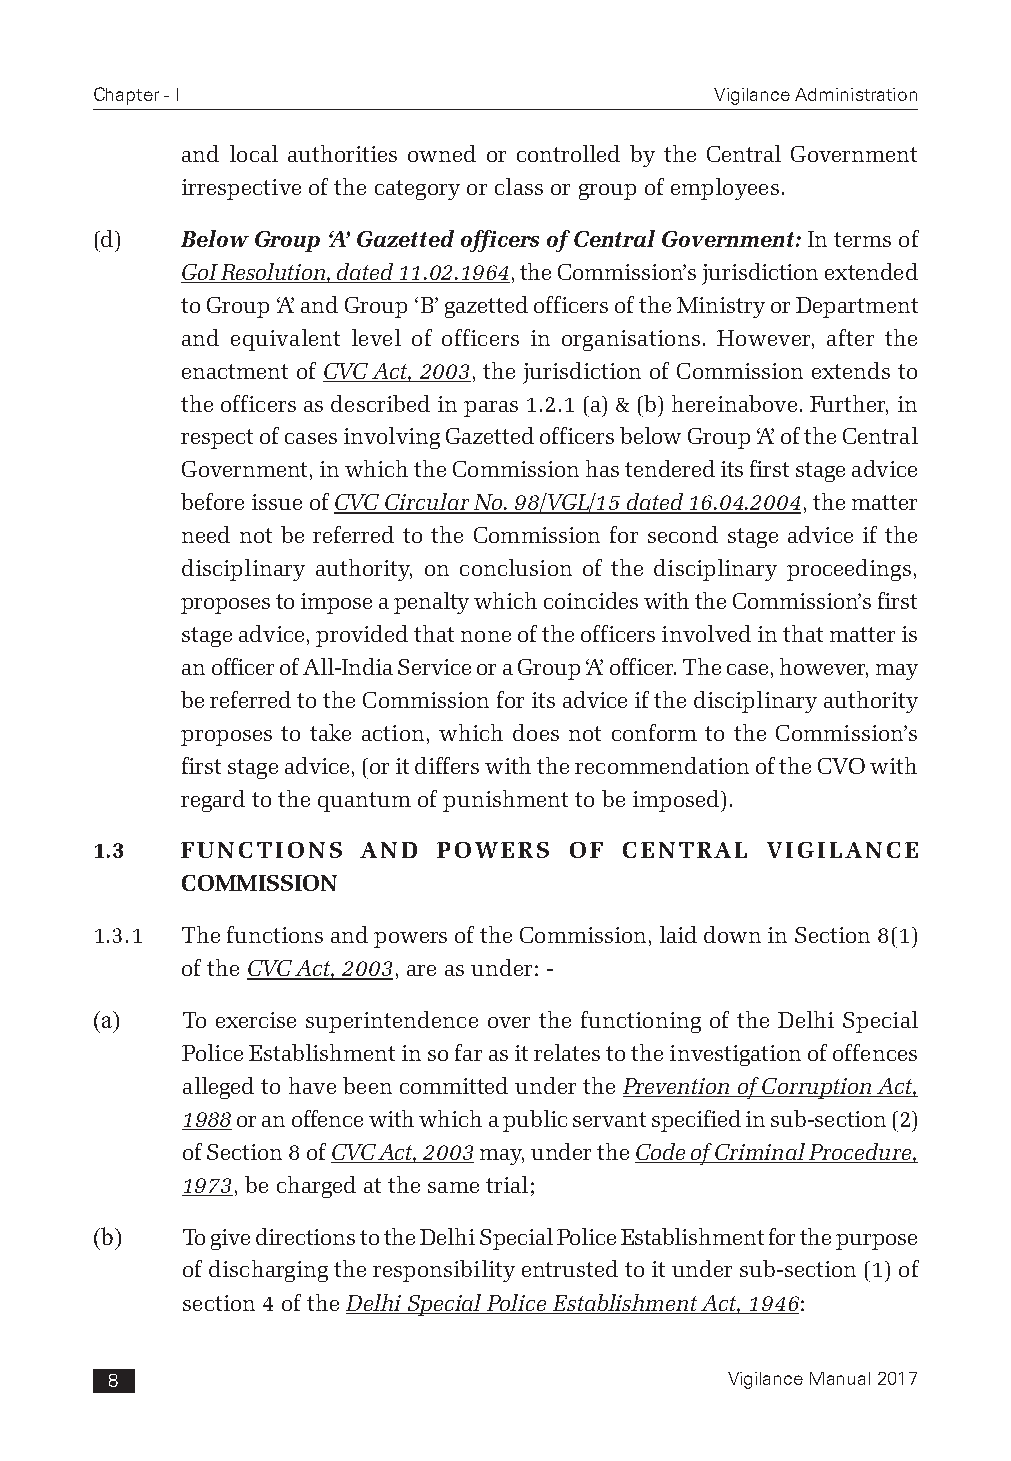
Chapter - I                              Vigilance Administration
 and local authorities owned or controlled by the Central Government
 irrespective of the category or class or group of employees.
 (d)   Below Group ‘A’ Gazetted officers of Central Government: In terms of
 GoI Resolution, dated 11.02.1964, the Commission’s jurisdiction extended
 to Group ‘A’ and Group ‘B’ gazetted officers of the Ministry or Department
 and equivalent level of officers in organisations. However, after the
 enactment of CVC Act, 2003, the jurisdiction of Commission extends to
 the officers as described in paras 1.2.1 (a) & (b) hereinabove. Further, in
 respect of cases involving Gazetted officers below Group ‘A’ of the Central
 Government, in which the Commission has tendered its first stage advice
 before issue of CVC Circular No. 98/VGL/15 dated 16.04.2004, the matter
 need not be referred to the Commission for second stage advice if the
 disciplinary authority, on conclusion of the disciplinary proceedings,
 proposes to impose a penalty which coincides with the Commission’s first
 stage advice, provided that none of the officers involved in that matter is
 an officer of All-India Service or a Group ‘A’ officer. The case, however, may
 be referred to the Commission for its advice if the disciplinary authority
 proposes to take action, which does not conform to the Commission’s
 first stage advice, (or it differs with the recommendation of the CVO with
 regard to the quantum of punishment to be imposed).
 1.3   FUNCTIONS   AND  POWERS   OF CENTRAL   VIGILANCE
 COMMISSION
 1.3.1 The functions and powers of the Commission, laid down in Section 8(1)
 of the CVC Act, 2003, are as under: -
 (a)   To exercise superintendence over the functioning of the Delhi Special
 Police Establishment in so far as it relates to the investigation of offences
 alleged to have been committed under the Prevention of Corruption Act,
 1988 or an offence with which a public servant specified in sub-section (2)
 of Section 8 of CVC Act, 2003 may, under the Code of Criminal Procedure,
 1973, be charged at the same trial;
 (b)   To give directions to the Delhi Special Police Establishment for the purpose
 of discharging the responsibility entrusted to it under sub-section (1) of
 section 4 of the Delhi Special Police Establishment Act, 1946:
 8                                        Vigilance Manual 2017